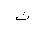
Letter: _tha